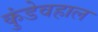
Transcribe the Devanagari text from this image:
कुंडेवहाल